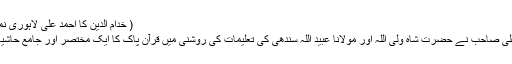
( خدام الدین کا احمد علی لاہوریؒ نمبر :ص ۲- ۶ )
” مولانا احمد علی صاحبؒ نے حضرت شاہ ولی اللہ اور مولانا عبید اللہ سندھی کی تعلیمات کی روشنی میں قرآن پاک کا ایک مختصر اور جامع حاشیہ تحریر فرمایا۔